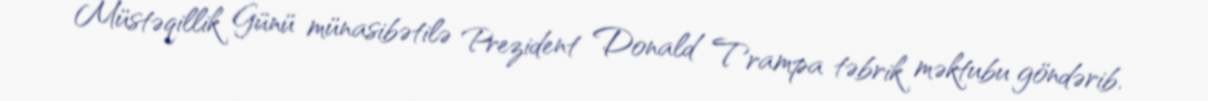
Müstəqillik Günü münasibətilə Prezident Donald Trampa təbrik məktubu göndərib.